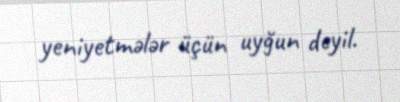
yeniyetmələr üçün uyğun deyil.